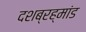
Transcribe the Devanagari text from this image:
दशब्रह्मांड